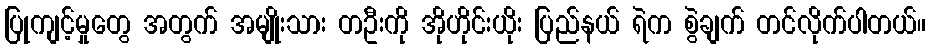
ပြုကျင့်မှုတွေ အတွက် အမျိုးသား တဦးကို အိုဟိုင်းယိုး ပြည်နယ် ရဲက စွဲချက် တင်လိုက်ပါတယ်။